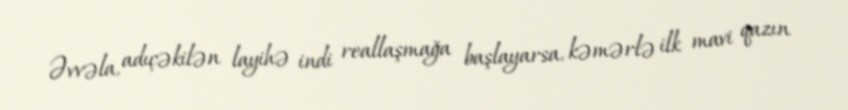
Əvvəla, adıçəkilən layihə indi reallaşmağa başlayarsa, kəmərlə ilk mavi qazın